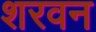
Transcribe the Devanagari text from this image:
शरवन